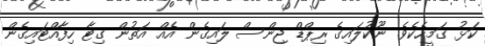
ކަޅު ގަމީހެކެވެ. ނޫކުލައިގެ ރިޕްޑް ޖިންސް ލައިގެން އެއް އަތުން ގިޓާ ހިފާއްޓައިގެން